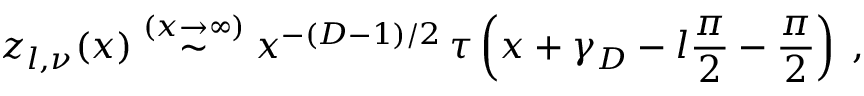
z _ { l , \nu } ( x ) \stackrel { ( x \rightarrow \infty ) } { \sim } x ^ { - ( D - 1 ) / 2 } \, \tau \left( x + \gamma _ { D } - l \frac { \pi } { 2 } - \frac { \pi } { 2 } \right) \; ,